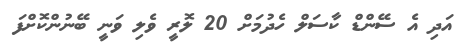
އަދި އެ ސޭންޑް ކާސަލް ހެދުމަށް 20 ލޮރީ ވެލި ވަނީ ބޭނުންކޮށްފަ